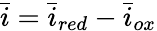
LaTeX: \bar{i}=\bar{i}_{red}-\bar{i}_{ox}